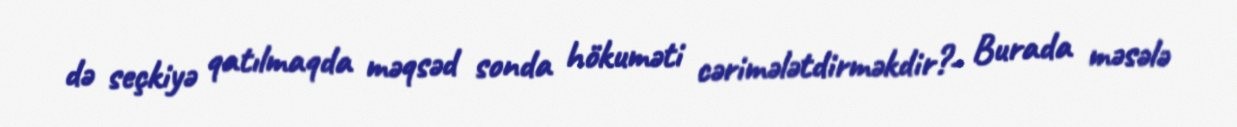
də seçkiyə qatılmaqda məqsəd sonda hökuməti cərimələtdirməkdir?- Burada məsələ